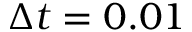
\Delta t = 0 . 0 1